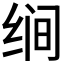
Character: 𰬝